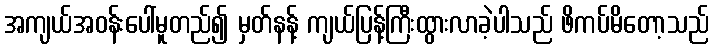
အကျယ်အဝန်းပေါ်မူတည်၍ မှတ်နန့် ကျယ်ပြန့်ကြီးထွားလာခဲ့ပါသည် ဖိကပ်မိတော့သည်